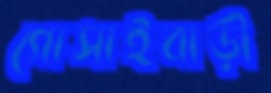
গোসাইবাড়ী